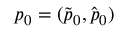
\boldsymbol { p } _ { 0 } = ( \widetilde { \boldsymbol { p } } _ { 0 } , \widehat { \boldsymbol { p } } _ { 0 } )